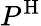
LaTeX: P^{\mathrm{H}}